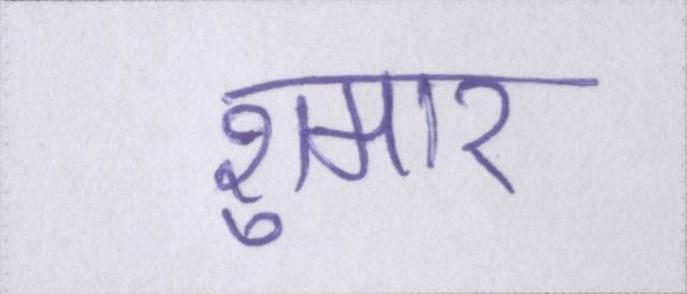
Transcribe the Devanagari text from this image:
शुमार